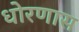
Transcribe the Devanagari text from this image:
धोरणास